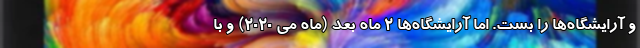
و آرایشگاه‌ها را بست. اما آرایشگاه‌ها 2 ماه بعد (ماه می 2020) و با